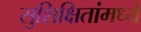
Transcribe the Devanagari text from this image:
सुशिक्षितांमध्ये